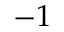
- 1